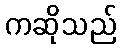
ကဆိုသည်